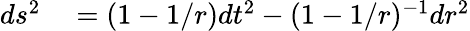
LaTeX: \begin{array}{rl}{ds^{2}}&{{}=(1-1/r)dt^{2}-(1-1/r)^{-1}dr^{2}}\end{array}